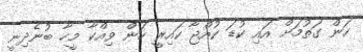
ހަން ގަތުމަށް އައި ކުޑަ ކުއްޖާ ކައިރީ ހަން ވިއްކާ މީހާ ބުނެދިނީ